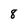
Character: 8